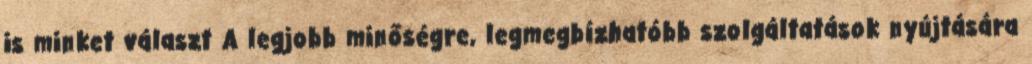
is minket választ A legjobb minőségre, legmegbízhatóbb szolgáltatások nyújtására